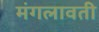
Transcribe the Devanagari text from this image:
मंगलावती